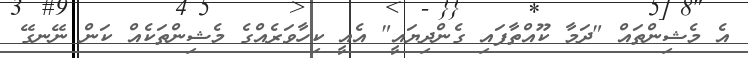
އެ މެޝިންތައް "ދަމާ ކޫއްތާފައި ގެންދިޔައީ" އެއީ ކިހާވަރެއްގެ މެޝިންތަކެއް ކަން ނޭނގޭ